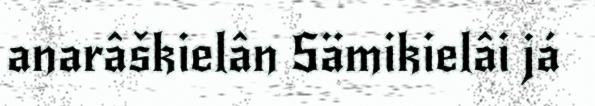
anarâškielân Sämikielâi já